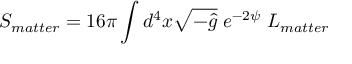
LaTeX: S _ { m a t t e r } = 1 6 \pi \int d ^ { 4 } x \sqrt { - \hat { g } } \; e ^ { - 2 \psi } \; L _ { m a t t e r }